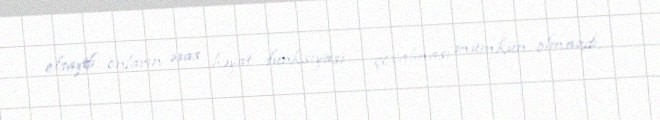
olsaydı onların əsas həyat funksiyası – çoxalması mümkün olmazdı.